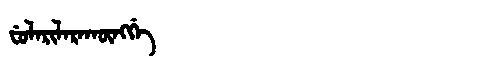
Manchu: ᠸᡠᠯᠠᡵᡳᠯᠠᡵᠠᡴᡡᠩᡤᡝ
Romanization: FULARILARAKŪNGGE